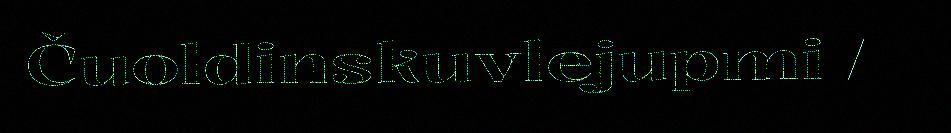
Čuoldinskuvlejupmi /